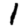
Digit: 1